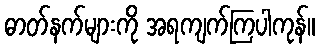
ဓာတ်နက်များကို အရကျက်ကြပါကုန်။